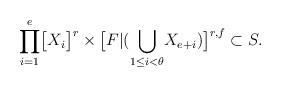
LaTeX: \begin{align*}\displaystyle{\prod_{i=1}^{e}}\big{[}X_{i}\big{]}^{r}\times\big{[}F|(\displaystyle{\bigcup_{1\leq i<\theta}}X_{e+i})\big{]}^{r,f}\subset S.\end{align*}